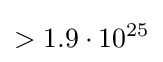
>1.9\cdot 10^{25}